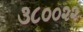
૩૮૦૦૨૨